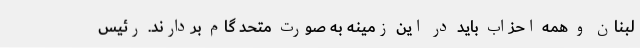
لبنان و همه احزاب باید در این زمینه به صورت متحد گام بردارند. رئیس